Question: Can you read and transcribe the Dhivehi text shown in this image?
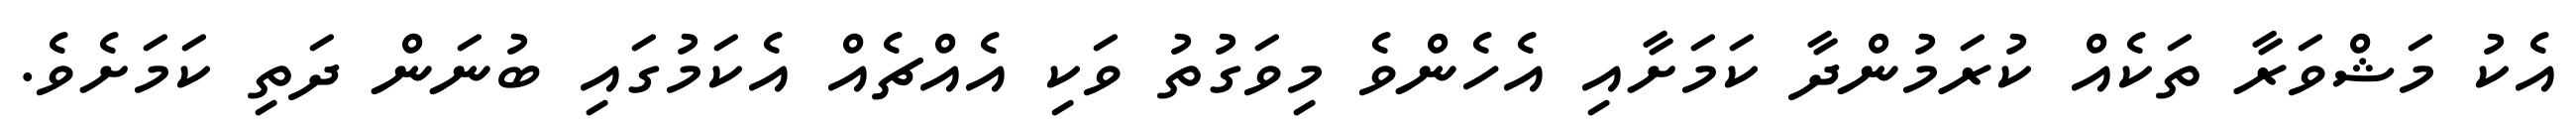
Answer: އެކު މަޝްވަރާ ތަކެއް ކުރަމުންދާ ކަމަށާއި އެހެންވެ މިވަގުތު ވަކި އެއްޗެއް އެކަމުގައި ބުނަން ދަތި ކަމަށެވެ.